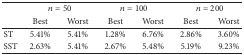
| <ROWSPAN=2>  | <COLSPAN=2> n = 50 | <COLSPAN=2> n = 100 | <COLSPAN=2> n = 200 |
 | Best | Worst | Best | Worst | Best | Worst |
 | --- | --- | --- | --- | --- | --- | --- |
 | ST | 5.41% | 5.41% | 1.28% | 6.76% | 2.86% | 3.60% |
 | SST | 2.63% | 5.41% | 2.67% | 5.48% | 5.19% | 9.23% |